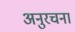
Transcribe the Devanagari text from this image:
अनुरचना